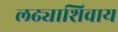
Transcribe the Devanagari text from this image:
लढ्याशिवाय